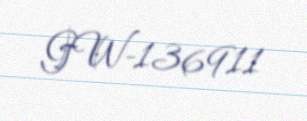
GW-136911